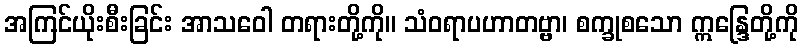
အကြင်ယိုးစီးခြင်း အာသဝေါ တရားတို့ကို။ သံဝရာပဟာတဗ္ဗာ၊ စက္ခုစသော ဣန္ဒြေတို့ကို